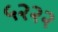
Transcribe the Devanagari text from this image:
५२२२